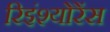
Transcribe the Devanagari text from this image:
रिइंश्योरेंस